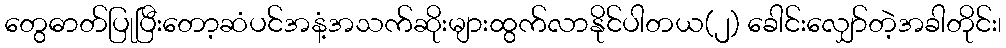
တွေဓာတ်ပြုပြီးတော့ဆံပင်အနံ့အသက်ဆိုးများထွက်လာနိုင်ပါတယ(၂) ခေါင်းလျှော်တဲ့အခါတိုင်း၊